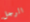
الرجل